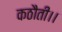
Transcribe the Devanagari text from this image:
कठौती।।